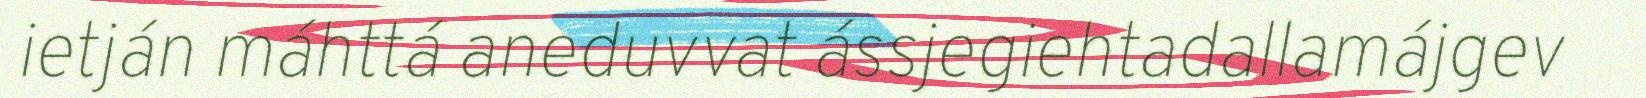
ietján máhttá aneduvvat ássjegiehtadallamájgev